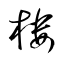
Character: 楼